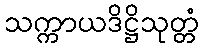
သက္ကာယဒိဋ္ဌိသုတ္တံ